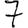
Digit: 7